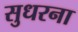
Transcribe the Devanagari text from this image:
सुधरना